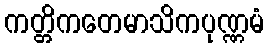
ကတ္တိကတေမာသိကပုဏ္ဏမံ